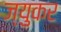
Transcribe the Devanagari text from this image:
ज्युकर